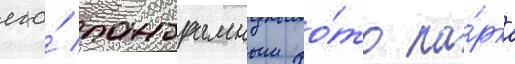
его́ панорамным фо́то па́рка